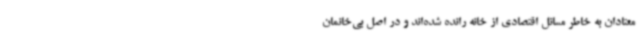
معتادان به خاطر مسائل اقتصادی از خانه رانده شده‌اند و در اصل بی‌خانمان